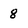
Character: 8